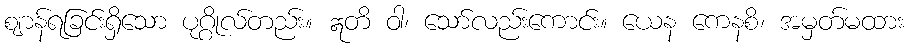
ဈာန်ရခြင်းရှိသော ပုဂ္ဂိုလ်တည်း။ ဣတိ ဝါ၊ သော်လည်းကောင်း။ ယေန ကေနစိ၊ အမှတ်မထား